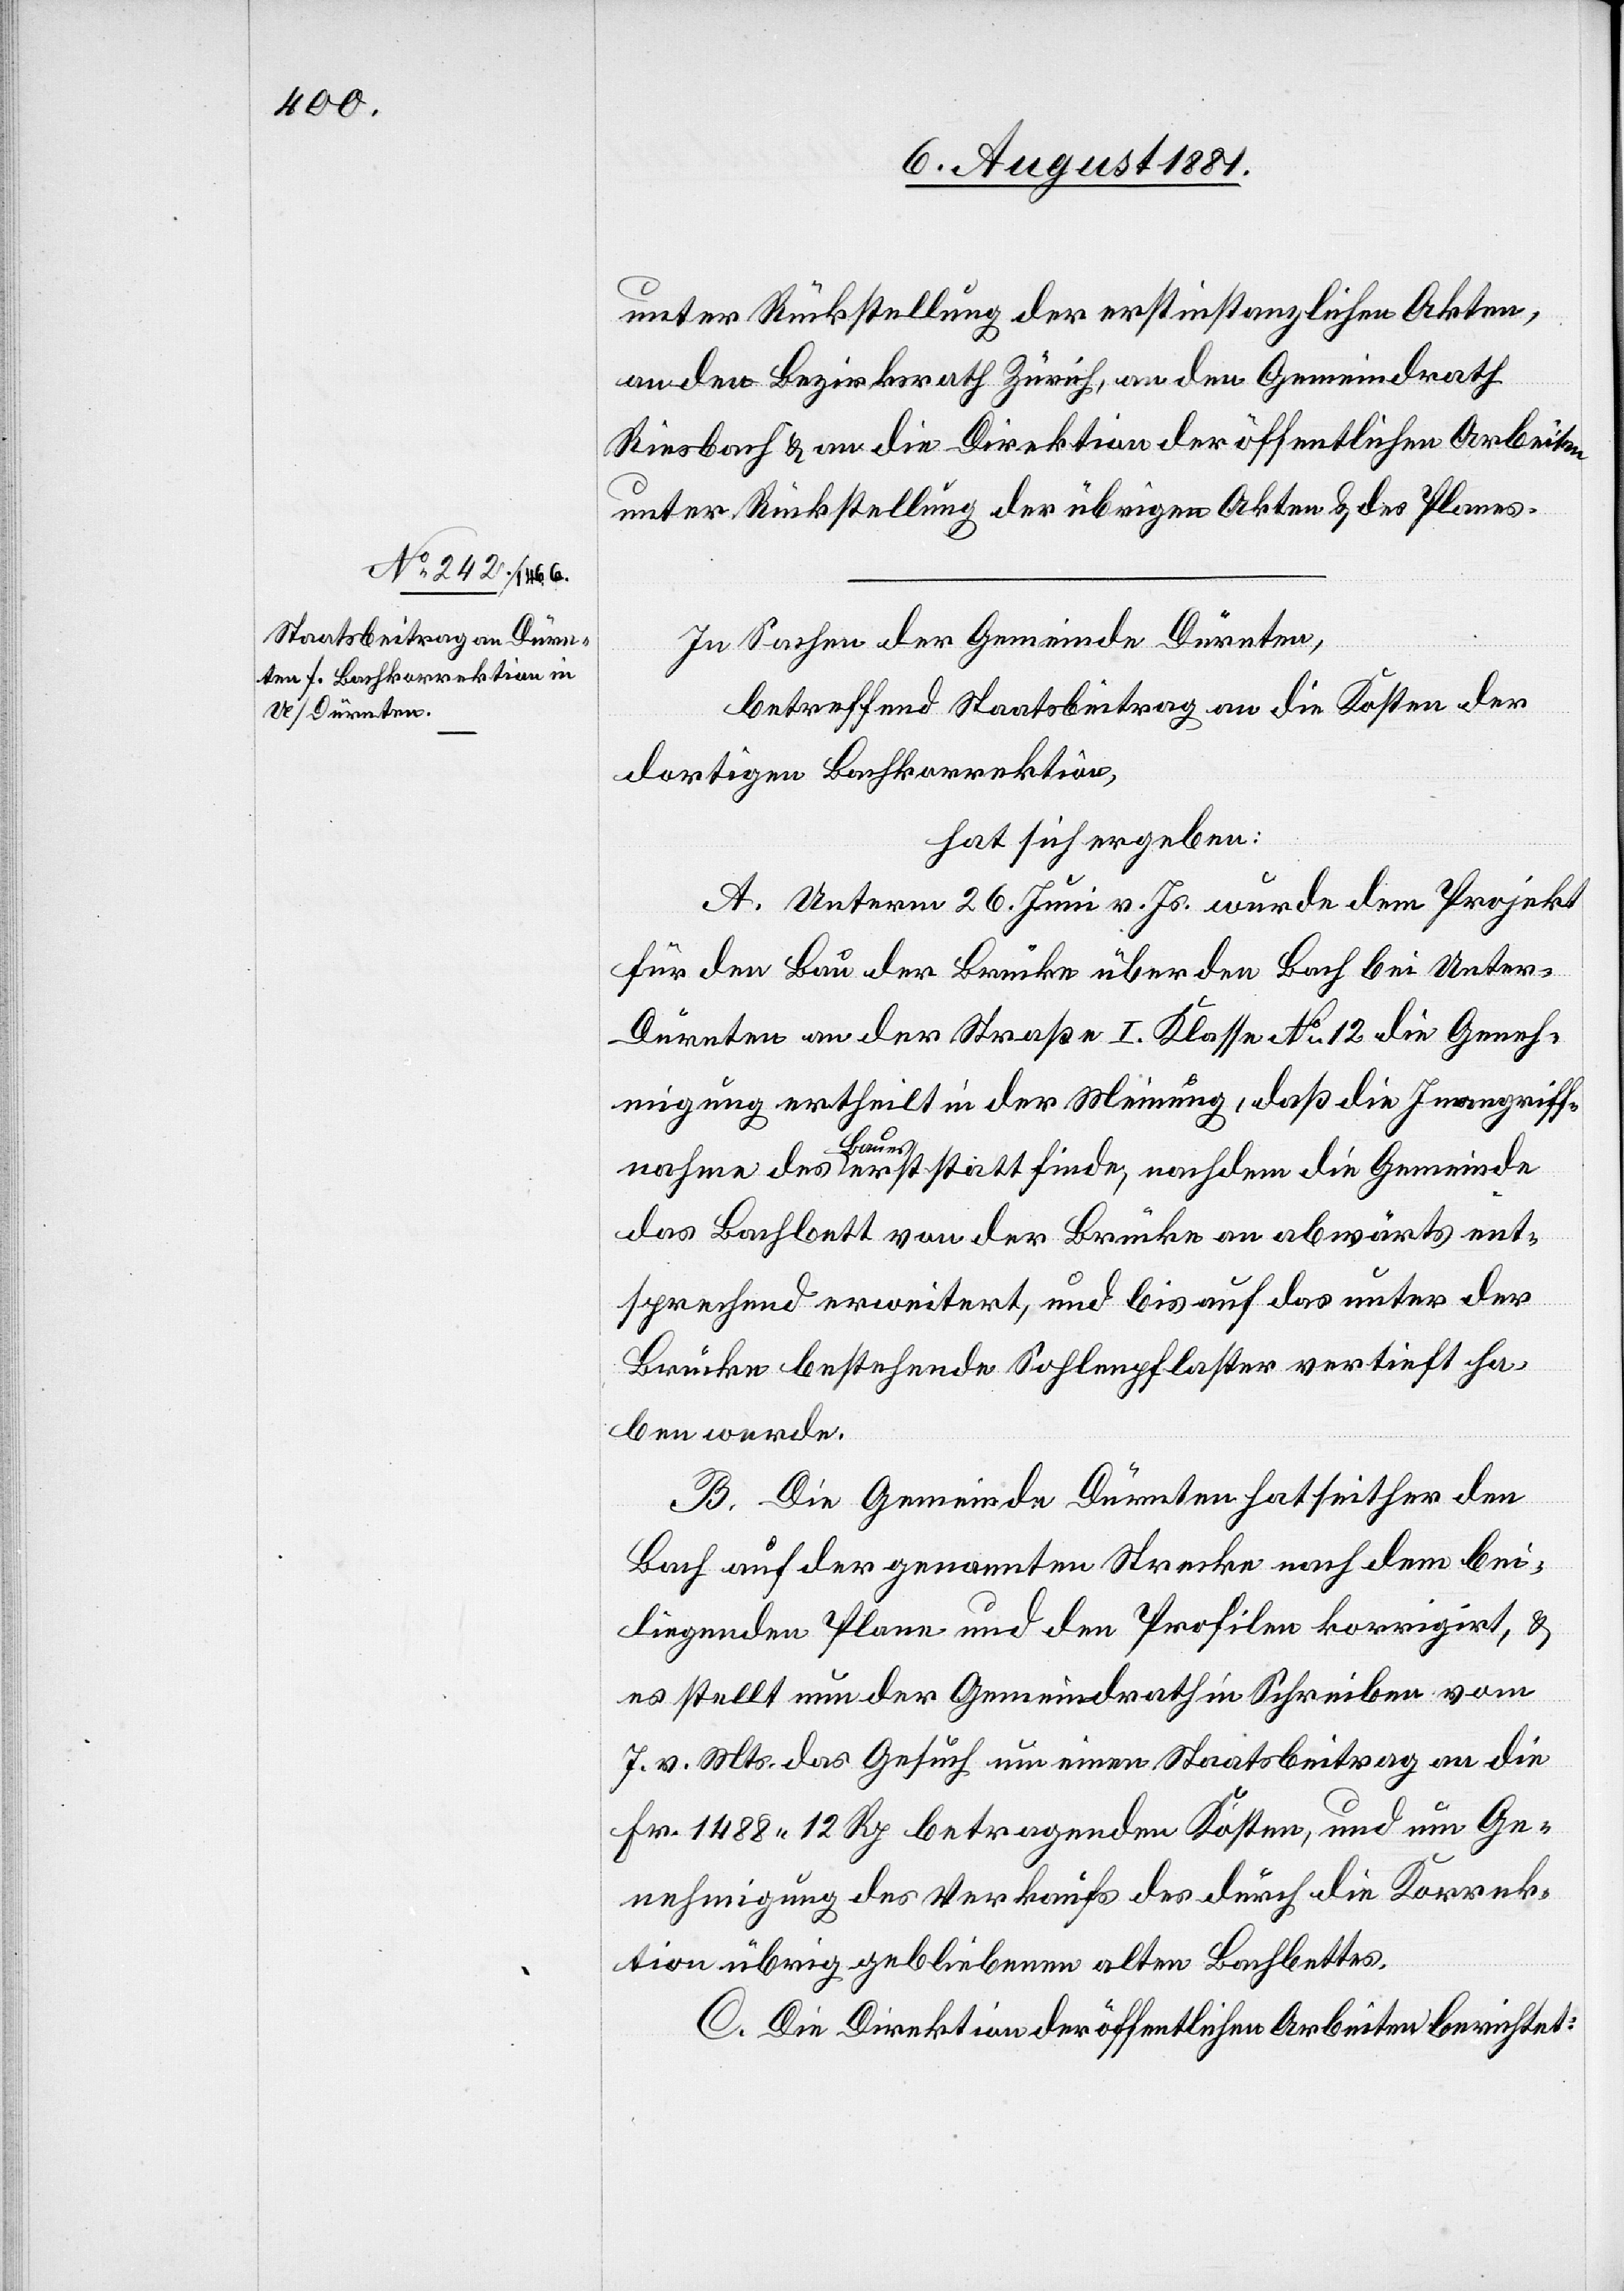
In Sachen der Gemeinde Dürnten,
betreffend Staatsbeitrag an die Kosten der
dortigen Bachkorrektion,
hat sich ergeben:
A. Unterm 26. Juni v. Js. wurde dem Projekt
für den Bau der Brücke über den Bach bei Unter-D¬
ürnten an der Straße I. Klasse No. 12 die Geneh¬
migung ertheilt in der Meinung, daß die Inangriff¬
nahme des Baues erst statt finde, nachdem die Gemeinde
das Bachbett von der Brücke an abwärts ent¬
sprechend erweitert und bis auf das unter der
Brücke bestehende Sohlenpflaster vertieft ha¬
ben werde.
B. Die Gemeinde Dürnten hat seither den
Bach auf der genannten Strecke nach dem bei¬
liegenden Plan und den Profilen korrigirt, &
es stellt nun der Gemeindrath in Schreiben vom
7. v. Mts. das Gesuch um einen Staatsbeitrag an die
Fr. 1488 12 Rp[.] betragende Kosten, und um Ge¬
nehmigung des Verkaufs des durch die Korrek¬
tion übrig gebliebenen alten Bachbettes.
C. Die Direktion der öffentlichen Arbeiten berichtet: